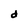
Character: d